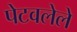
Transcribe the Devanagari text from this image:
पेटवलेले